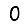
Digit: 0